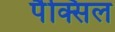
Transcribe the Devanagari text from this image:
पैक्सिल